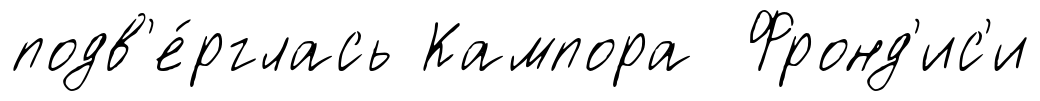
подв'е́рглась Кампора Фронд'ис'и